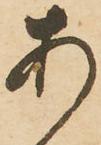
あ